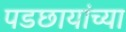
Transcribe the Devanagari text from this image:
पडछायांच्या